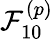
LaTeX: \mathcal{F}_{10}^{(p)}